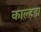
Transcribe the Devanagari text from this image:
काल्हडा